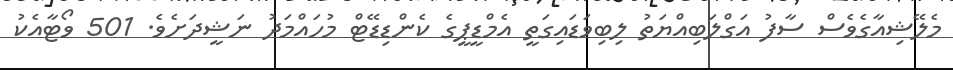
މެލޭޝިއާގެވެސް ސާފު އަގްލަބިއްޔަތު ލިބިވަޑައިގަތީ އެމްޑީޕީގެ ކެންޑިޑޭޓް މުހައްމަދު ނަޝީދަށެވެ. 501 ވޯޓާއެކު